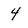
Character: 4